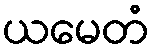
ယမေတံ